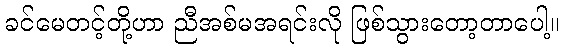
ခင်မေတင့်တို့ဟာ ညီအစ်မအရင်းလို ဖြစ်သွားတော့တာပေါ့။